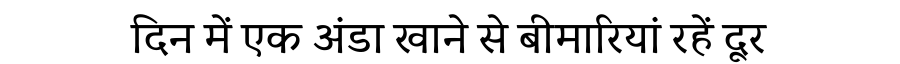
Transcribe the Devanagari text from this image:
दिन में एक अंडा खाने से बीमारियां रहें दूर